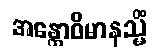
အန္တောဝိမာနသ္မိံ